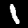
Digit: 1